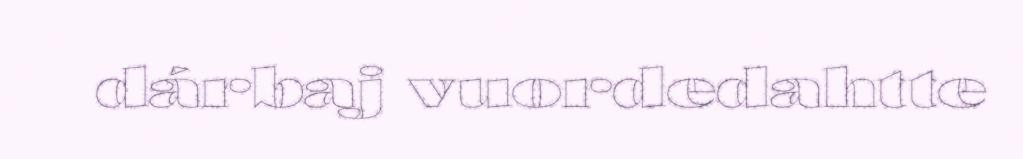
dárbaj vuordedahtte